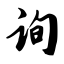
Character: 询